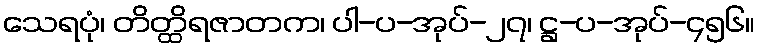
သေရပုံ၊ တိတ္ထိရဇာတက၊ ပါ-ပ-အုပ်-၂၇၊ ဋ္ဌ-ပ-အုပ်-၄၅၆။